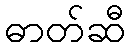
ဓာတ်ဆီ